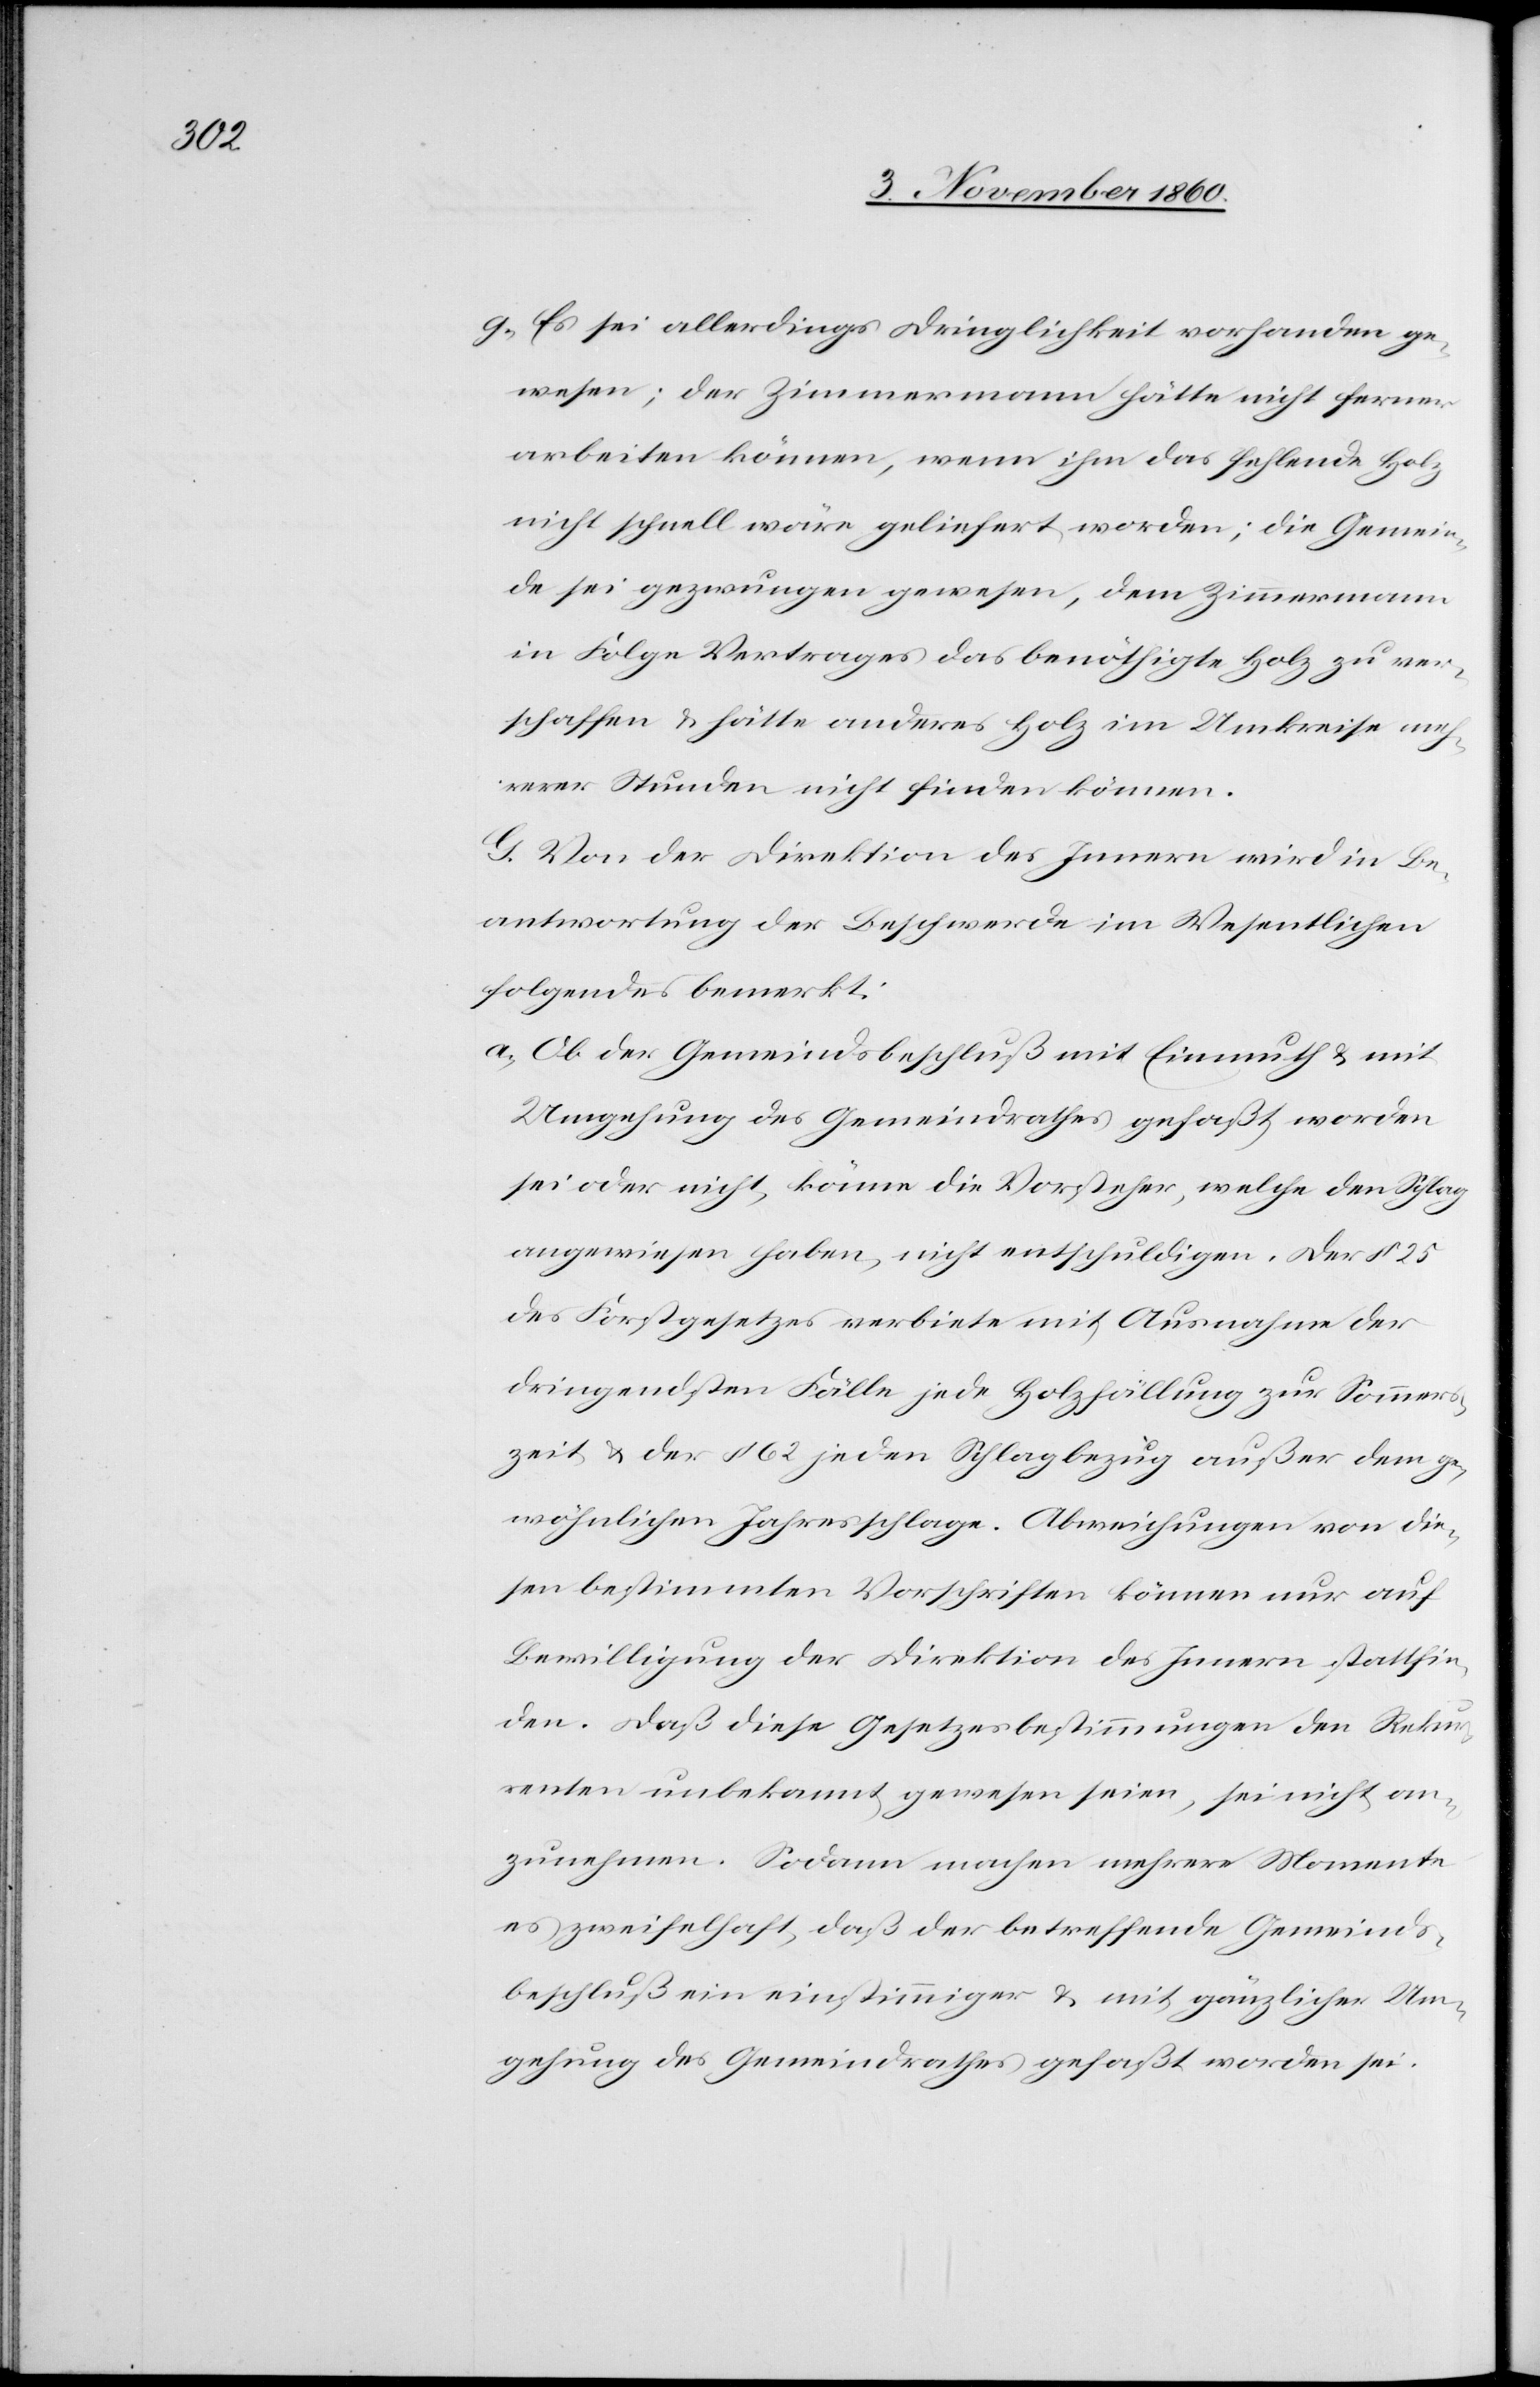
g) Es sei allerdings Dringlichkeit vorhanden ge¬
wesen; der Zimmermann hätte nicht ferner
arbeiten könne, wenn ihm das fehlende Holz
nicht schnell wäre geliefert worden; die Gemein¬
de sei gezwungen gewesen, dem Zimmermann
in Folge Vertrages das benöthigte Holz zu ver¬
schaffen u. hätte anderes Holz im Umkreise meh¬
rerer Stunden nicht finden können.
G. Von der Direktion des Innern wird in Be¬
antwortung der Beschwerde im Wesentlichen
folgendes bemerkt:
a) Ob der Gemeindsbeschluß mit Einmuth u. mit
Umgehung des Gemeindrathes gefaßt worden
sei oder nicht, könne die Vorsteher, welche den Schlag
angewiesen haben, nicht entschuldigen. Der § 25
des Forstgesetzes verbiete mit Ausnahme der
dringendsten Fälle jede Holzfällung zur Sommers¬
zeit u. der § 62 jeden Schlagbezug außer dem ge¬
wöhnlichen Jahresschlage. Abweichungen von die¬
sen bestimmten Vorschriften können nur auf
Bewilligung der Direktion des Innern stattfin¬
den. Daß diese Gesetzesbestimmungen den Rekur¬
renten unbekannt gewesen seien, sei nicht an¬
zunehmen. Sodann machen mehrere Momente
es zweifelhaft, daß der betreffende Gemeinds¬
beschluß ein einstimmiger u. mit gänzlicher Um¬
gehung des Gemeindrathes gefaßt worden sei.